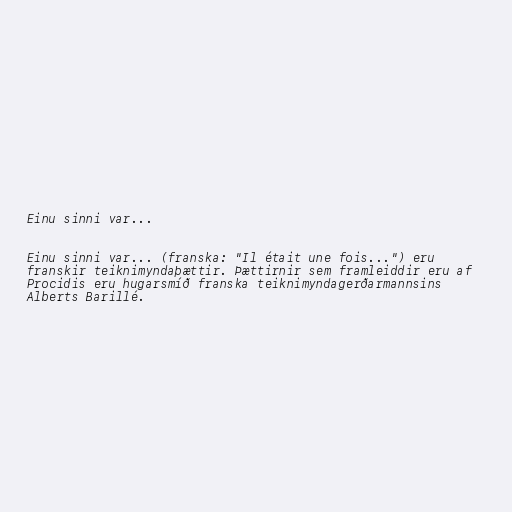
Einu sinni var...

Einu sinni var... (franska: "Il était une fois...") eru
franskir teiknimyndaþættir. Þættirnir sem framleiddir eru af
Procidis eru hugarsmíð franska teiknimyndagerðarmannsins
Alberts Barillé.